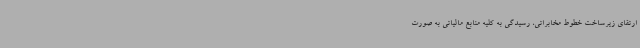
ارتقای زیرساخت خطوط مخابراتی، رسیدگی به کلیه منابع مالیاتی به صورت